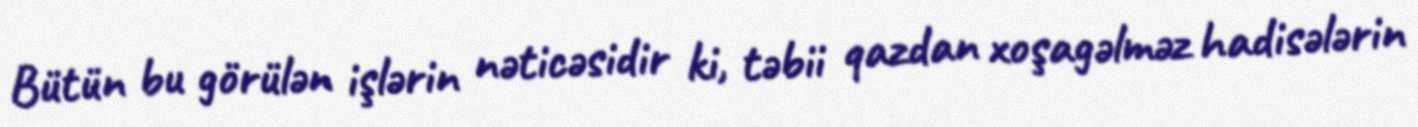
Bütün bu görülən işlərin nəticəsidir ki, təbii qazdan xoşagəlməz hadisələrin